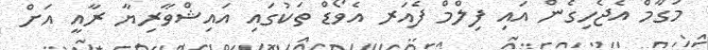
މަގާމް އެޖެހިގެން އައި ފިލްމް ފެއަރ އެވޯޑް ތަކުގައި އައިޝްވާރިޔާ ރާއީ އަށް